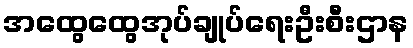
အထွေထွေအုပ်ချုပ်ရေးဦးစီးဌာန